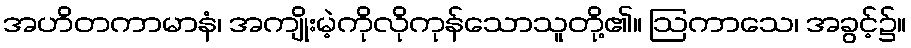
အဟိတကာမာနံ၊ အကျိုးမဲ့ကိုလိုကုန်သောသူတို့၏။ ဩကာသေ၊ အခွင့်၌။